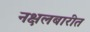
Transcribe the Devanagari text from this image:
नक्षलबारीत